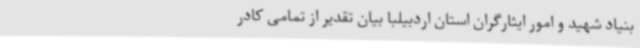
بنیاد شهید و امور ایثارگران استان اردبیلبا بیان تقدیر از تمامی کادر